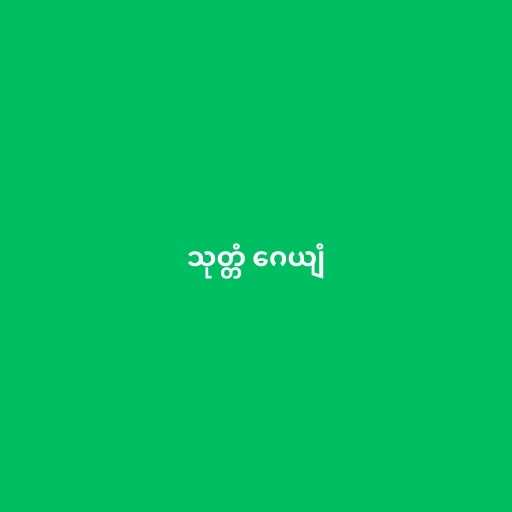
သုတ္တံ ဂေယျံ